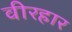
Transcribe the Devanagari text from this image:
वीरहार